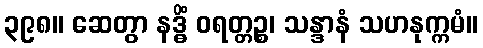
၃၉၈။ ဆေတွာ နဒ္ဓိံ ဝရတ္တဉ္စ၊ သန္ဒာနံ သဟနုက္ကမံ။